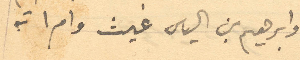
وابراهيم بن الياس غيث وامراته